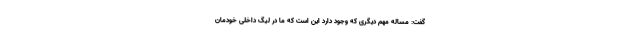
گفت: مساله مهم دیگری که وجود دارد این است که ما در لیگ داخلی خودمان